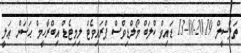
ތަފްސީލް 2019-06-13 ޑައިވް ކްލަބް މޯލްޑިވްސް ޕްރައިވެޓް ލިމިޓެޑް އިބްރާހީމް ޙަސަން ޢަލީ